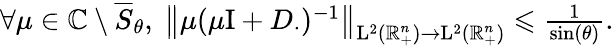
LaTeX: \begin{array}{r}{\forall\mu\in\mathbb{C}\setminus\overline{{S}}_{\theta}\mathrm{,~}\left\lVert\mu(\mu\mathrm{I}+D_{\cdot})^{-1}\right\rVert_{\mathrm{L}^{2}(\mathbb{R}_{+}^{n})\rightarrow\mathrm{L}^{2}(\mathbb{R}_{+}^{n})}\leqslant\frac{1}{\sin(\theta)}\mathrm{.}}\end{array}